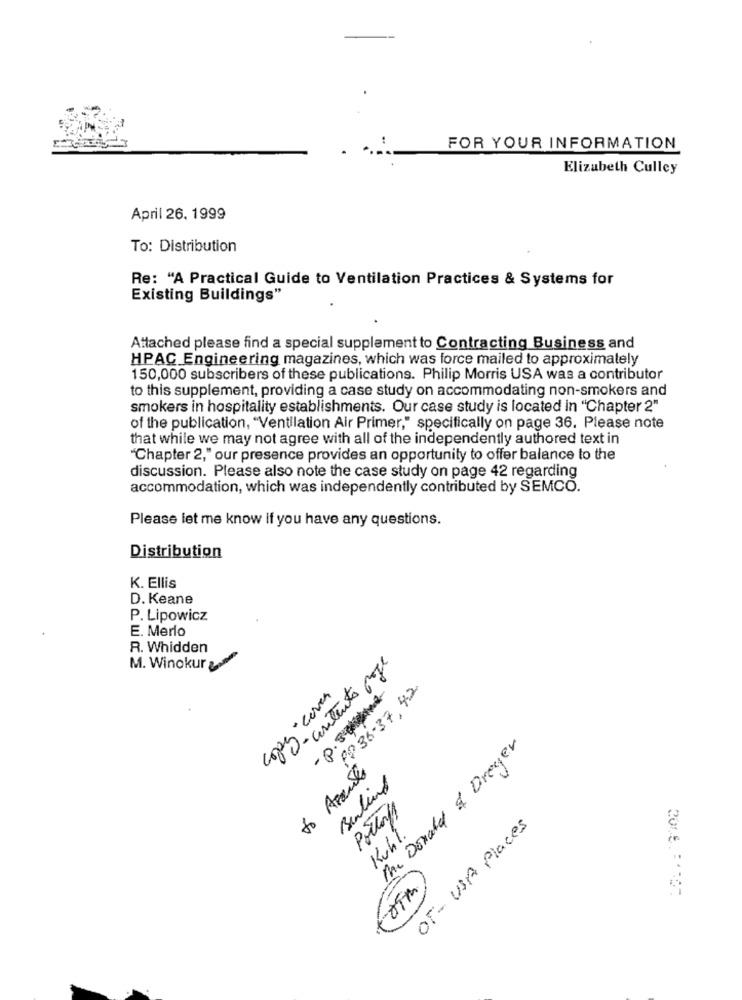
FOR YOUR INFORMATION
Elizabeth Culley
April 26. 1999
To: Distribution
Re: "A Practical Guide to Ventilation Practices & Systems for
Existing Buildings"
Attached please find a special supplement to Contracting Business and
HPAC Engineering magazines, which was force mailed to approximately
150,000 subscribers of these publications. Philip Morris USA was a contributor
to this supplement, providing a case study on accommodating non-smokers and
smokers in hospitality establishments. Our case study is located in "Chapter 2"
of the publication, "Ventilation Air Primer," specifically on page 36. Please note
that while we may not agree with all of the independently authored text in
"Chapter 2," our presence provides an opportunity to offer balance to the
discussion. Please also note the case study on page 42 regarding
accommodation, which was independently contributed by SEMCO.
Please let me know if you have any questions.
Distribution
K. Ellis
D. Keane
P. Lipowicz
E. Merlo
R. Whidden
U- asitento proje
M. Winokur ya
copy-cover
- p. suseme
PP 38-37 42
Imc Donald & Dreyer
to Apauses
Berlind
Porloff
OF - USA Places
Kuhl.
aim